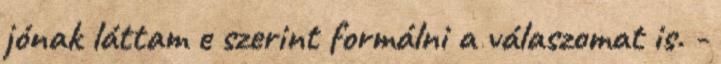
jónak láttam e szerint formálni a válaszomat is. -